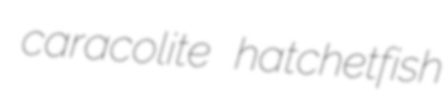
caracolite hatchetfish